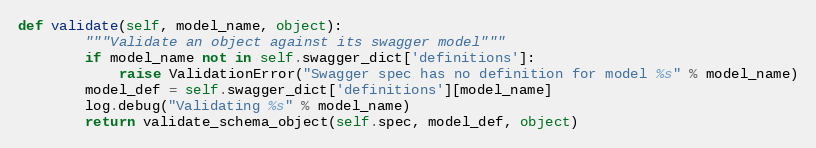
Language: Python
def validate(self, model_name, object):
        """Validate an object against its swagger model"""
        if model_name not in self.swagger_dict['definitions']:
            raise ValidationError("Swagger spec has no definition for model %s" % model_name)
        model_def = self.swagger_dict['definitions'][model_name]
        log.debug("Validating %s" % model_name)
        return validate_schema_object(self.spec, model_def, object)